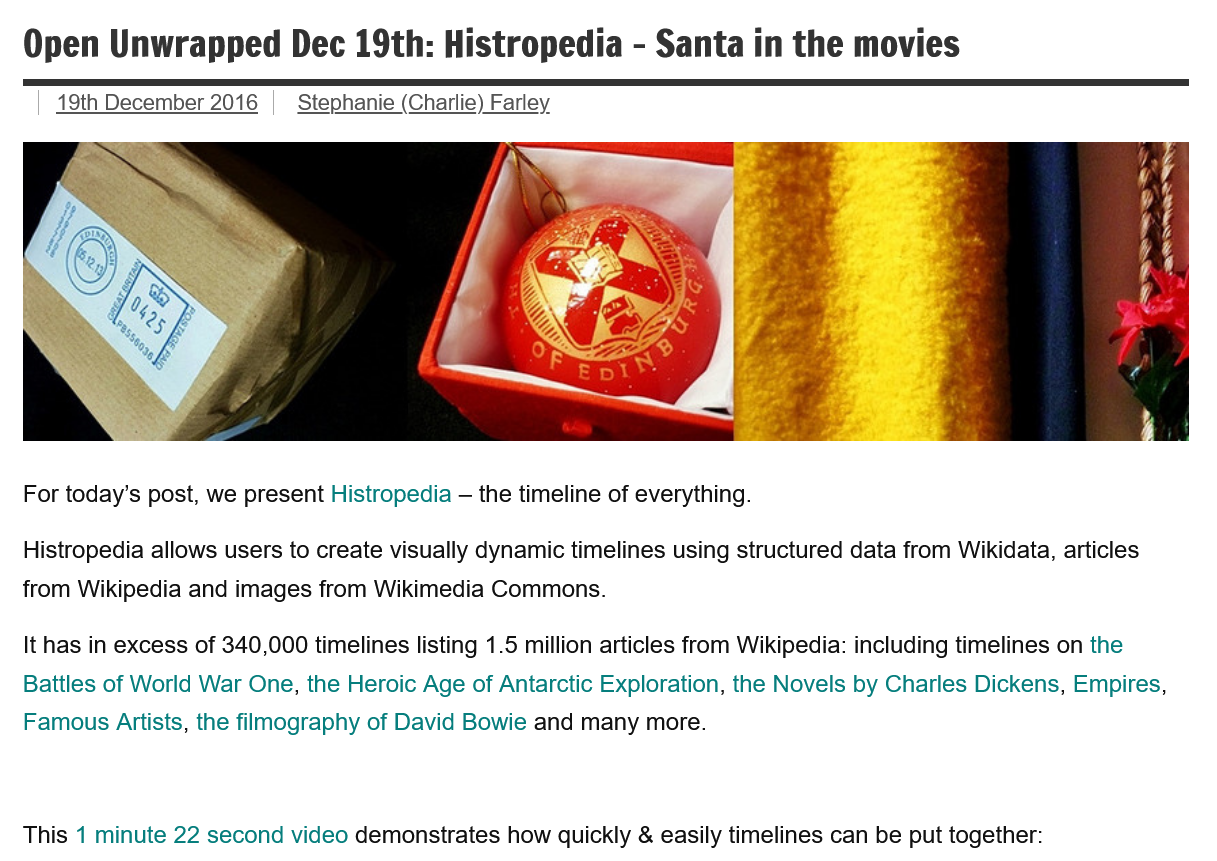
It has in excess of 340,000 timelines listing 1.5 million articles from Wikipedia: including timelines on the
   Battles of World War One, the Heroic Age of Antarctic Exploration, the Novels by Charles Dickens, Empires,
   Famous Artists, the filmography of David Bowie and many more.
   Histropedia allows users to create visually dynamic timelines using structured data from Wikidata, articles
  from Wikipedia and images from Wikimedia Commons.
   For today’s post, we present Histropedia —
     the timeline of everything.
  This 1 minute 22 second video demonstrates how quickly & easily timelines can be put together:
     19th December 2016   Stephanie (Charlie) Farley
   Open   Unwrapped    Dec   19th:  Histropedia    -
     Santa   in the   movies